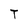
Character: T